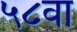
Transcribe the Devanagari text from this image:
५८वा